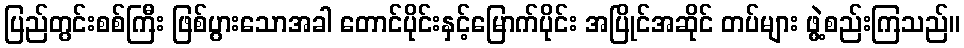
ပြည်တွင်းစစ်ကြီး ဖြစ်ပွားသောအခါ တောင်ပိုင်းနှင့်မြောက်ပိုင်း အပြိုင်အဆိုင် တပ်များ ဖွဲ့စည်းကြသည်။